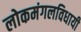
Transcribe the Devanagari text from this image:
लोकमंगलविधायी